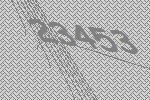
23453